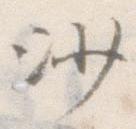
沙